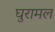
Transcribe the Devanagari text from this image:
घुरामल